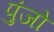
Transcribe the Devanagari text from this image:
पुंजो